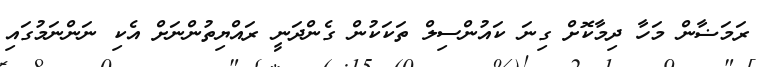
ރަމަޟާން މަހާ ދިމާކޮށް ގިނަ ކައުންސިލް ތަކަކުން ގެންދަނީ ރައްޔިތުންނަށް އެކި ނަންނަމުގައި